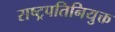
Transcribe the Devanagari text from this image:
राष्ट्रपतिनियुक्त